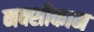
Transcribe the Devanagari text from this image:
नक्शीकाम